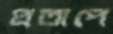
প্রতাপে